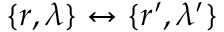
\{ \boldsymbol { r } , \lambda \} \leftrightarrow \{ \boldsymbol { r } ^ { \prime } , \lambda ^ { \prime } \}